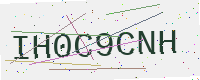
Text: IH0C9CNH